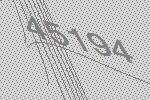
45194